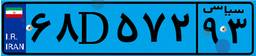
۶۸D۵۷۲۹۳